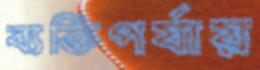
ব্যক্তিপর্যায়